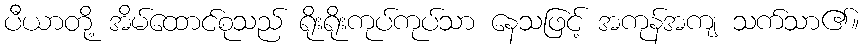
ပီယာတို့ အိမ်ထောင်စုသည် ရိုးရိုးကုပ်ကုပ်သာ နေသဖြင့် အကုန်အကျ သက်သာ၏။